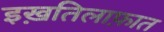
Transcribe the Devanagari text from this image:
इख़तिलाफ़ात